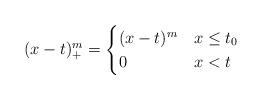
LaTeX: \begin{align*}(x-t)^{m}_{+}=\begin{cases}(x-t)^{m} & x\leq t_{0}\\0 & x<t\end{cases}\end{align*}